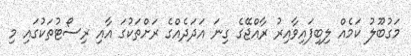
މަގުބޫލު ކަމެއް ލިބިފައިވާއިރު ރާއްޖޭގެ ގިނަ އަދަދެއްގެ ރަށްތަކުގަ އާއި ރިސޯޓުތަކުގައި މި